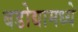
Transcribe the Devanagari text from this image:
बडोद्यामध्ये